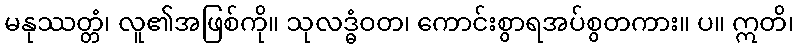
မနုဿတ္တံ၊ လူ၏အဖြစ်ကို။ သုလဒ္ဓံဝတ၊ ကောင်းစွာရအပ်စွတကား။ ပ။ ဣတိ၊